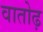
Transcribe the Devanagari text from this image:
वातोढ़